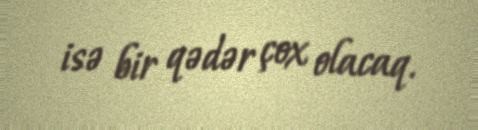
isə bir qədər çox olacaq.